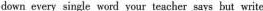
down every single word your teacher says but write